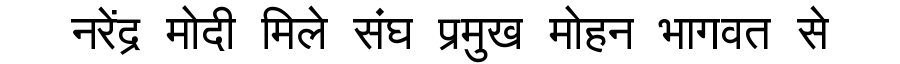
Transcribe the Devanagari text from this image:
नरेंद्र मोदी मिले संघ प्रमुख मोहन भागवत से